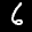
Label: 6